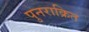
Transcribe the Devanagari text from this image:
पुनराक्रित